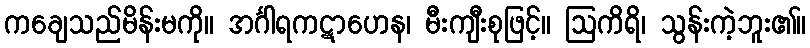
ကချေသည်မိန်းမကို။ အင်္ဂါရကဋာဟေန၊ မီးကျီးစုဖြင့်။ ဩကိရိ၊ သွန်းကဲ့ဘူး၏။